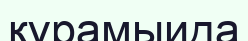
құрамыида